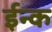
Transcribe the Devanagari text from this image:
ईन्क